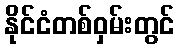
နိုင်ငံတစ်ဝှမ်းတွင်